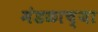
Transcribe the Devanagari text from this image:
मंडळाच्‍या